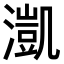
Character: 𣾚